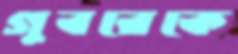
গুবরেকে